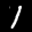
Digit: 1